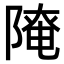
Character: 𨻚